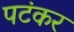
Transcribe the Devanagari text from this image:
पटंकर